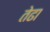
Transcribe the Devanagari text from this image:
तेढा